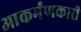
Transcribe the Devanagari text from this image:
आकर्मंणकारी